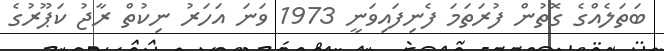
ބަތަލެއްގެ ގޮތުން ފުރަތަމަ ފެނިފައިވަނީ 1973 ވަނަ އަހަރު ނިކުތް ރާޖު ކަޕޫރުގެ